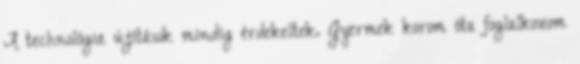
A technológia újítások mindig érdekeltek. Gyermek korom óta foglalkozom